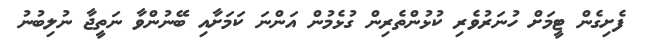
ފެށިގެން ޓީމަށް ހުނަރުވެރި ކުޅުންތެރިން ގުޅެމުން އަންނަ ކަމަށާއި ބޭނުންވާ ނަތީޖާ ނުލިބުނު